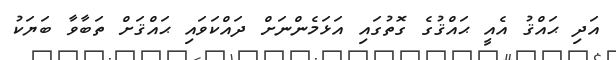
އަދި ޙައްޤު އެއީ ޙައްޤުގެ ގޮތުގައި އަޅަމެންނަށް ދައްކަވައި ޙައްޤަށް ތަބާވާ ބަޔަކު